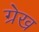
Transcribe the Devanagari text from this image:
ग्रेख